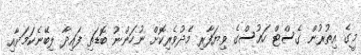
މީގެ އިތުރުން ގެސްޓް ހައުސްގެ ވިޔަފާރި މެދުވެރިކޮށް ނުހަންނު ބޮޑަތި ފައިދާ ލިބޭނެކަމަށާއި